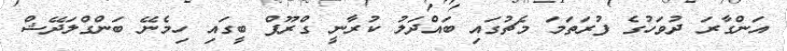
އަންގާރަ ދުވަހުގެ ފުރަތަމަ މެޗުގައި ބައްދަލު ކުރާނީ ގްރޫޕް ބީގައި ހިމެނޭ ބަންގްލަދޭޝް